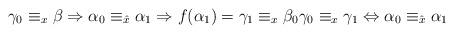
LaTeX: \begin{align*}\gamma _{0}\equiv _{x}\beta \Rightarrow \alpha _{0}\equiv _{\hat{x}}\alpha _{1}\Rightarrow f(\alpha _{1})=\gamma _{1}\equiv _{x}\beta _{0}\gamma _{0}\equiv _{x}\gamma _{1}\Leftrightarrow \alpha_{0}\equiv _{\hat{x}}\alpha _{1} \end{align*}